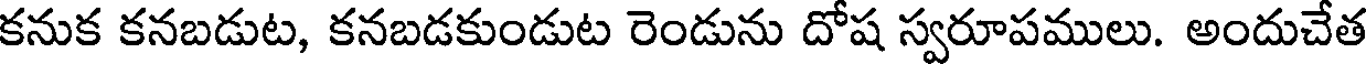
కనుక కనబడుట, కనబడకుండుట రెండును దోష స్వరూపములు. అందుచేత